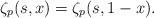
LaTeX: \begin{align*}\zeta_p(s,x) =\zeta_p(s,1-x).\end{align*}